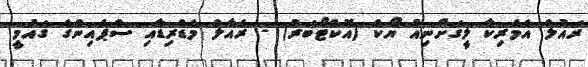
ރައުލް އެމެރިކާ ލީގަށްނިއު ޔޯކް (އޮކްޓޯބަރު) - ރެއާލް މެޑްރިޑާއި ސްޕެއިންގެ ގައުމީ